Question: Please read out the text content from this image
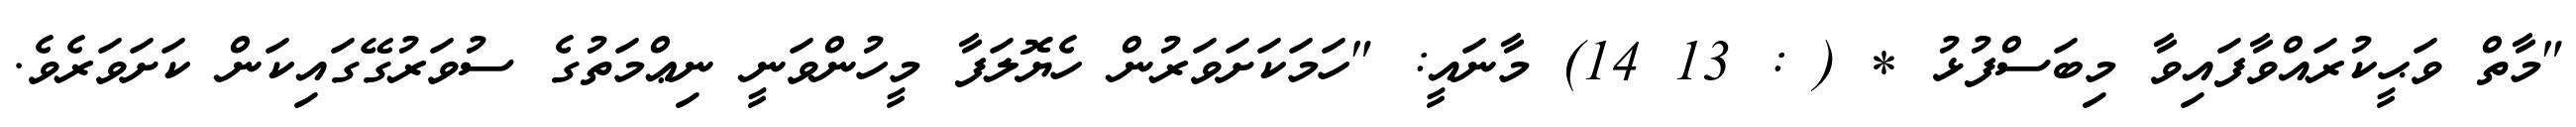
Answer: "މާތް ވަޙީކުރައްވާފައިވާ މިބަސްފުޅު * ( : 13 14) މާނައީ: "ހަމަކަށަވަރުން ހެޔޮލަފާ މީހުންވަނީ ނިޢްމަތުގެ ސުވަރުގޭގައިކަން ކަށަވަރެވެ.